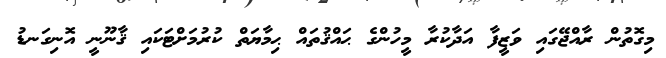
މިގޮތުން ރާއްޖޭގައި ވަޒީފާ އަދާކުރާ މީހުންގެ ޙައްޤުތައް ޙިމާޔަތް ކުރުމަށްޓަކައި ޤާނޫނީ އޮނިގަނޑު